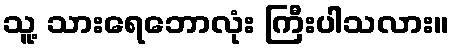
သူ့ သားရေဘောလုံး ကြီးပါသလား။